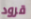
قرود